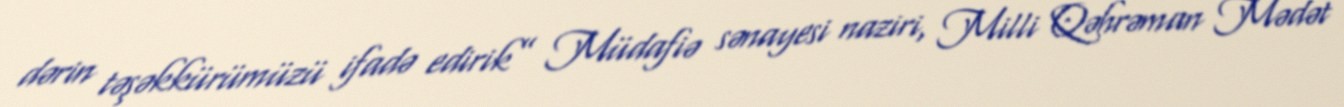
dərin təşəkkürümüzü ifadə edirik” Müdafiə sənayesi naziri, Milli Qəhrəman Mədət